Indian journal of veterinary science and animal husbandry - Volume 1,
Year: 1931
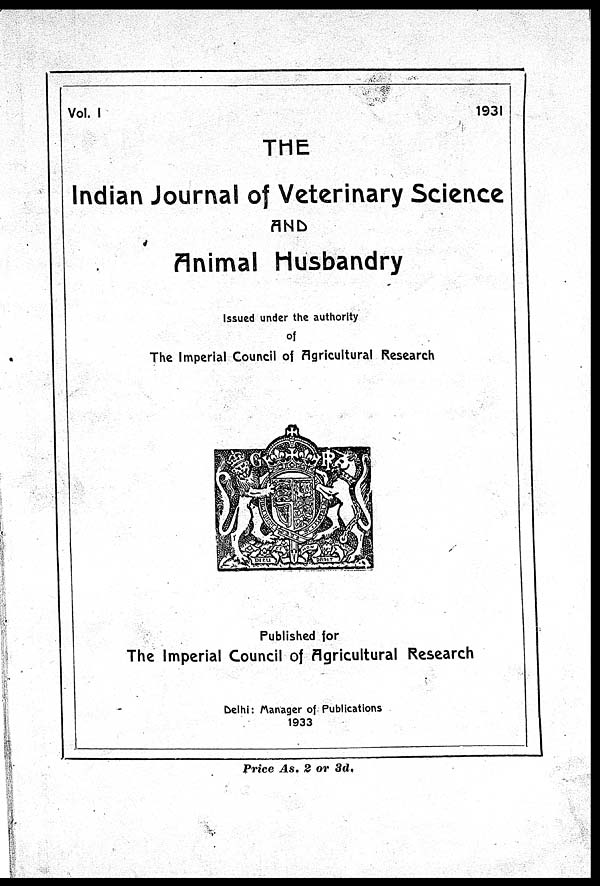
Vol. I
1931
THE
Indian Journal of Veterinary Science
AND
Animal Husbandry
Issued under the authority
of
The Imperial Council of Agricultural Research
Published for
The Imperial Council of Agricultural Research
Delhi: Manager of Publications
1933
Price As. 2 or 3d.